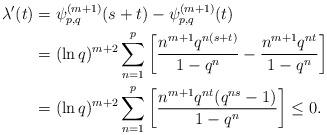
LaTeX: \begin{align*}\lambda'(t)&=\psi^{(m+1)}_{p,q}(s+t) - \psi^{(m+1)}_{p,q}(t)\\&= (\ln q)^{m+2} \sum_{n=1}^{p} \left[ \frac{ n^{m+1}q^{n(s+t)}}{1-q^{n}} - \frac{ n^{m+1}q^{nt}}{1-q^{n}} \right] \\&= (\ln q)^{m+2} \sum_{n=1}^{p} \left[ \frac{ n^{m+1}q^{nt}(q^{ns}-1)}{1-q^{n}} \right]\leq0. \,\, \end{align*}